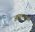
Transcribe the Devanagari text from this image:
आवाजचा